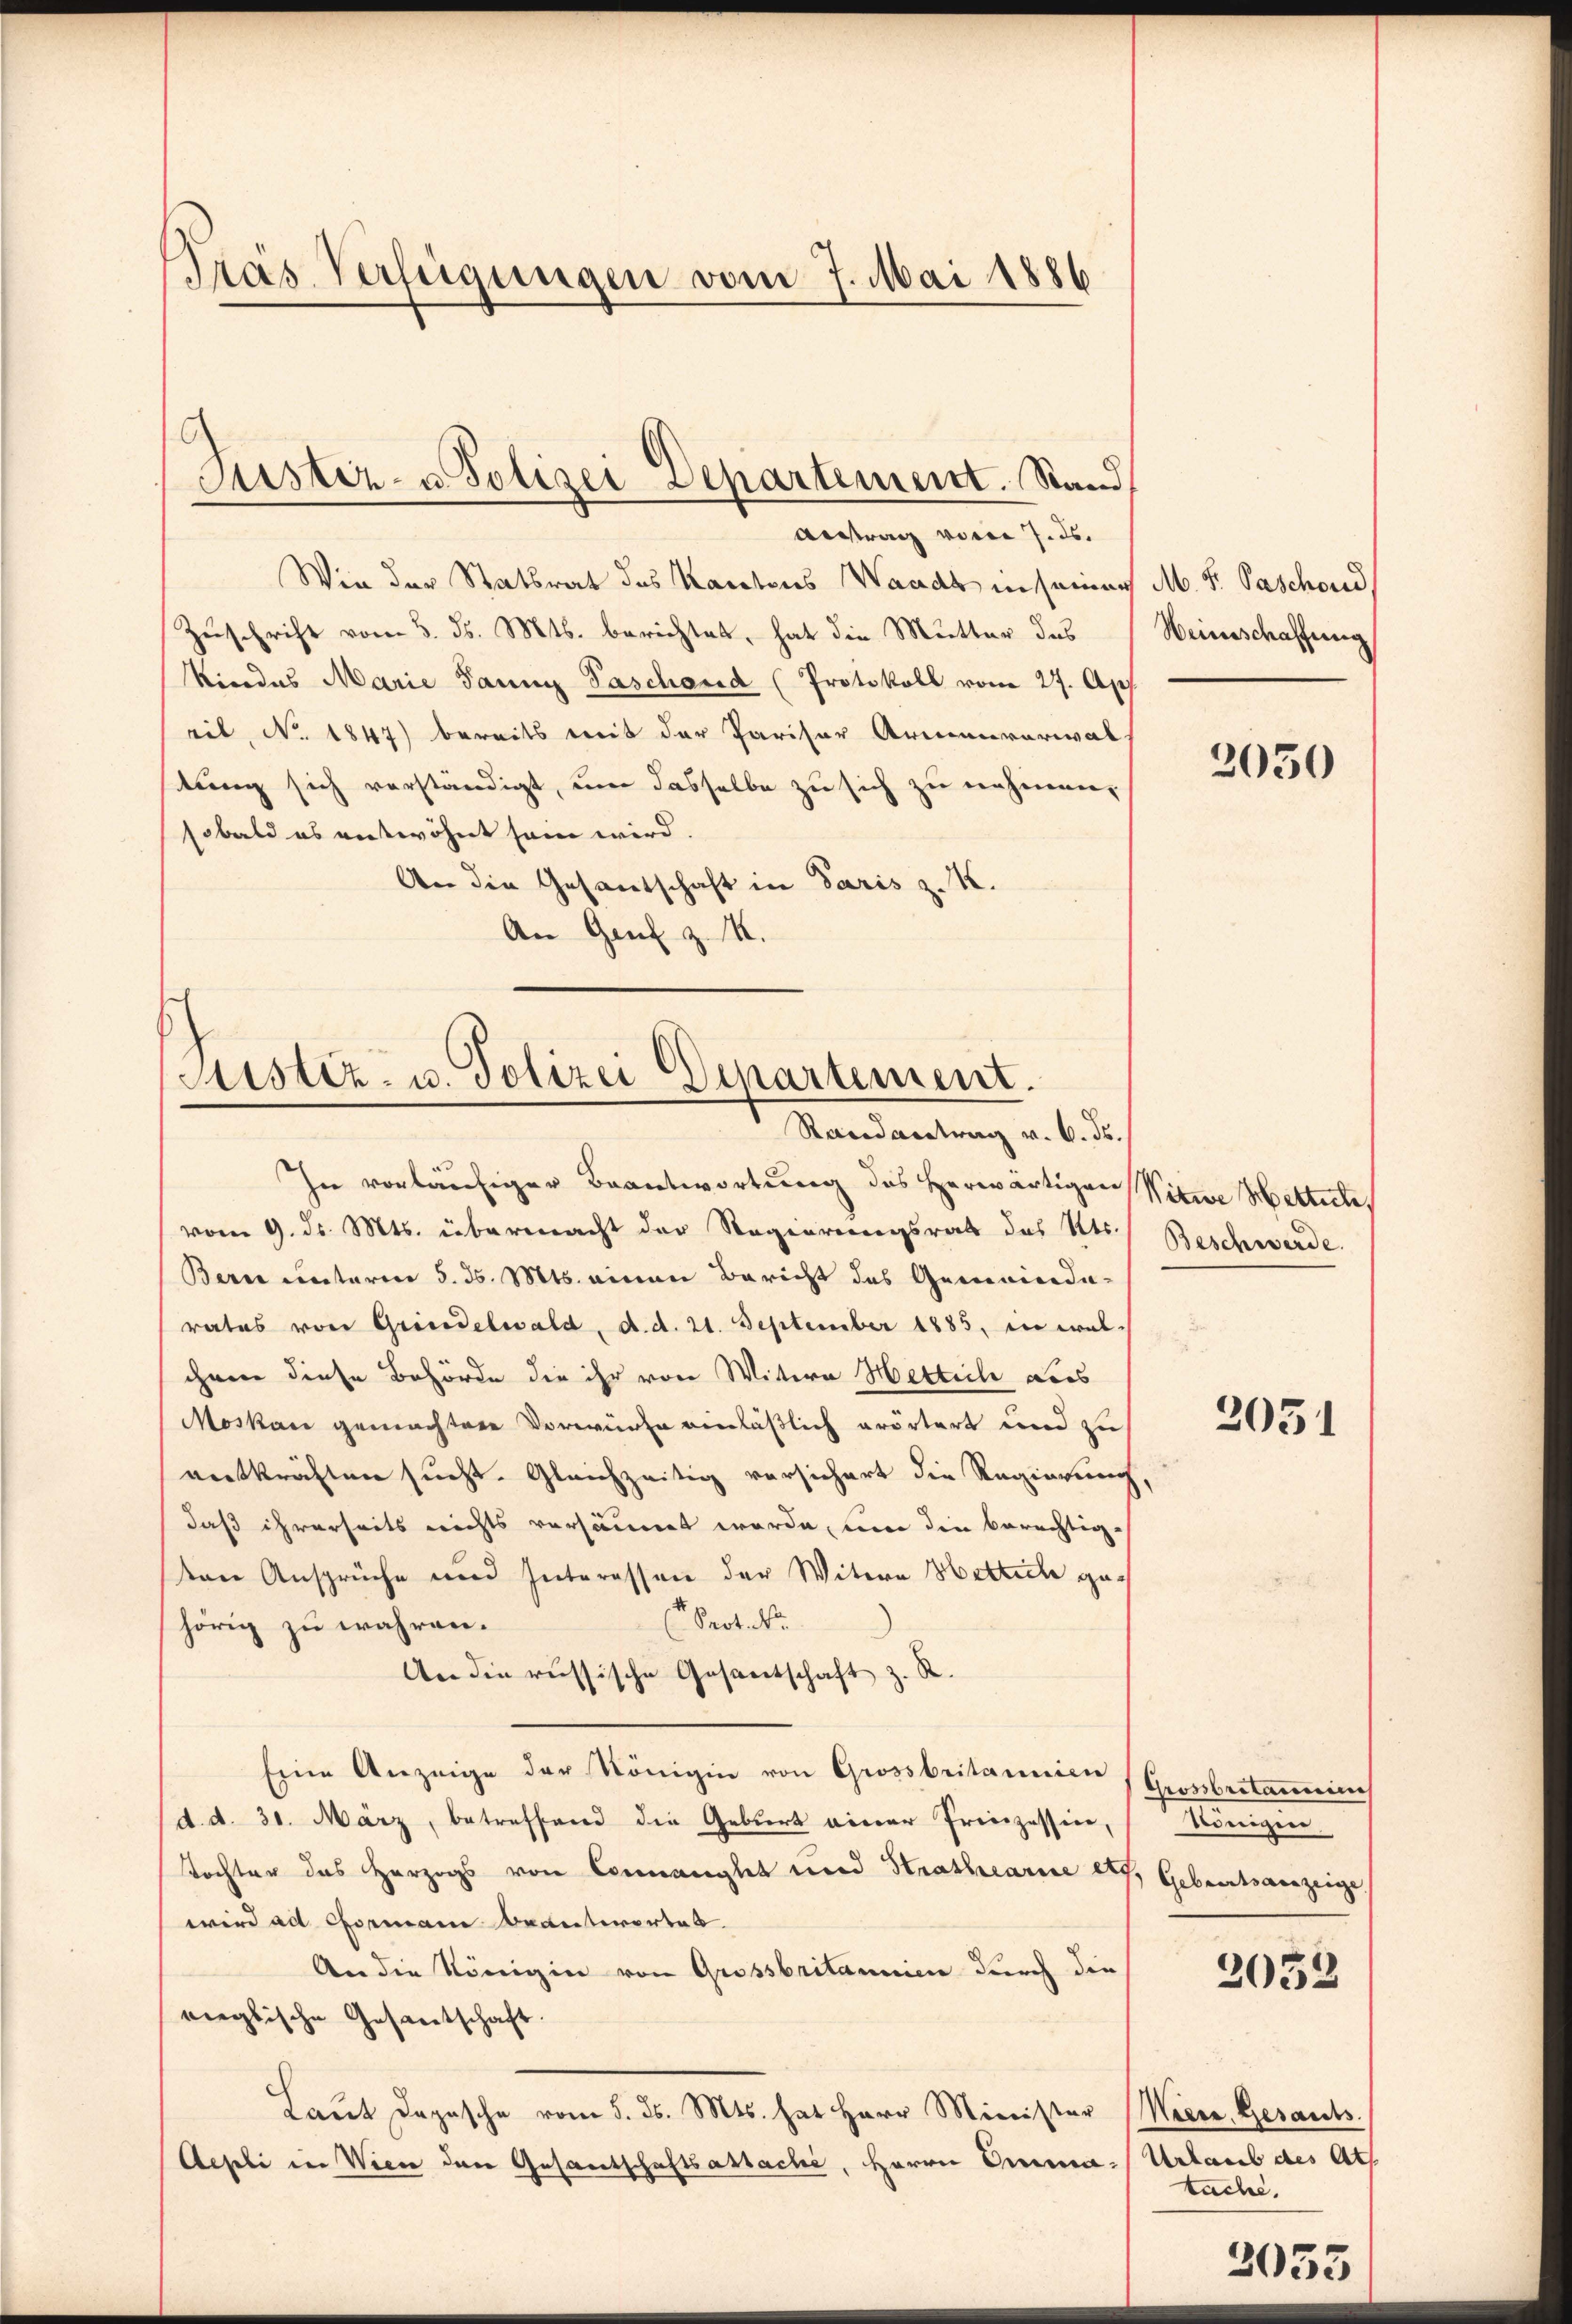
Tras Verfügungen vom 7. Mai 1886

Wie der Statsrat des Kantons Waadt in seiner
Zuschrift vom 3. d. Mts. berichtet, hat die Mutter das
Kindes Marie dann Paschand (Protokoll vom 27. Apr
eil, No. 1847) bereits mit der Pariser Armenverwal
tung sich verständigt, um dasselbe zu sich zu nehmen,
sobald es entwöhnt sein wird.
An die Gesantschaft in Paris z. K.
An Genf z. 14.

Suster- u Polizei Departement. Stand,
Antrag vor 7. ds.

Sistiz- u. Polizei Departement.
Randantrag v. 6. ds.

In vorläufiger Beantwortung des herwärtigen Witwe Hettich,
vom 9. d. Mts. übermacht der Regierungsrath des Kts.
Bern unterm 5. d. Mts. einen Bericht des Gemeinde-
rates von Grindelwald, d. d. 21. September 1885, in welchen diese Behörde die ihr von Wittern Hettiche dies
Moskau gemachten Vorwürfe einläßlich erörtert und zu
vntkräften sucht. Gleichzeitig versichert die Regierung
daß ihrerseits nichts versäumt werde, um die berechtig-
von Ansprüche und Interessen der Witern Hottiche ge¬
Protoko
hörig zu währen.
An die russische Gesantschaft z. R.
Eine Anzeige der Königin von Grossbritannien (Grossbestamen
d. d. 31. März, betreffend die Geburt einer Prinzessin,
tochter des Herzogs von Connanglet und Strathearne etc. Gebratsverzeige,
wird ad Chormann beantwortet.
An die Königin von Grossbritannien durch die
rieglische Gesantschaft.
Laŭt Depesche vom 5. ds. Mts. hat Herr Minister (Wien Gesants.
Aepli in Wien der Gesandschaftsabtache, Herrn Omma- Urlaub des Ath

M. F. Paschond
Weinschaffung

2050

Beschwerde.

2051

Königen

2052

bache.

3055